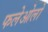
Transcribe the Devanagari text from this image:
फलेओलो